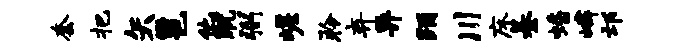
套把矢邕他觥弼嵯聆弃异踊川床綦蟠嶙邙